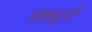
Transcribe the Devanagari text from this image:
संकटुरी